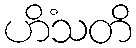
ဟိံသတိ